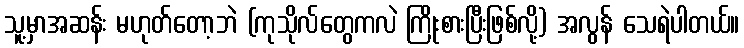
သူ့မှာအဆန်း မဟုတ်တော့ဘဲ (ကုသိုလ်တွေကလဲ ကြိုးစားပြီးဖြစ်လို့) အလွန် သေရဲပါတယ်။